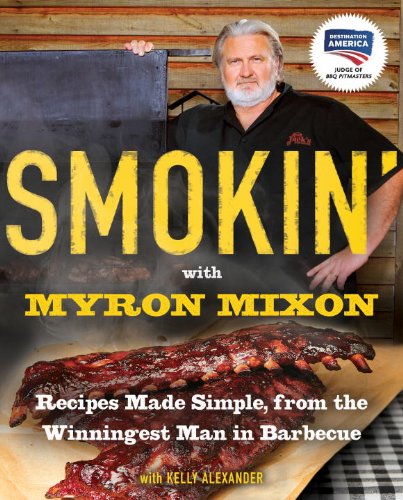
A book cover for Smokin' with Myron Mixon: Recipes Made Simple, from the Winningest Man in Barbecue; Myron Mixon; Cookbooks, Food & Wine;